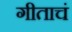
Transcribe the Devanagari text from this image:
गीताचं